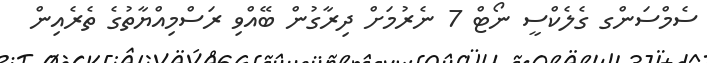
ސެމްސަންގ ގެލެކްސީ ނޯޓް 7 ނެރުމަށް ދިރާގުން ބޭއްވި ރަސްމިއްޔާތުގެ ތެރެއިން